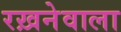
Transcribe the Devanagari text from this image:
रख़नेवाला